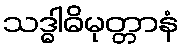
သဒ္ဓါဓိမုတ္တာနံ